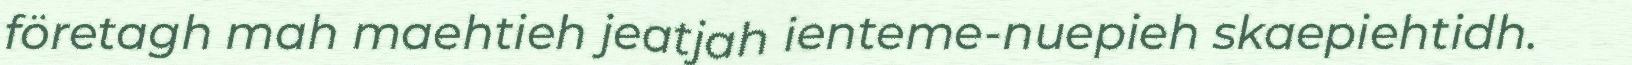
företagh mah maehtieh jeatjah ienteme-nuepieh skaepiehtidh.